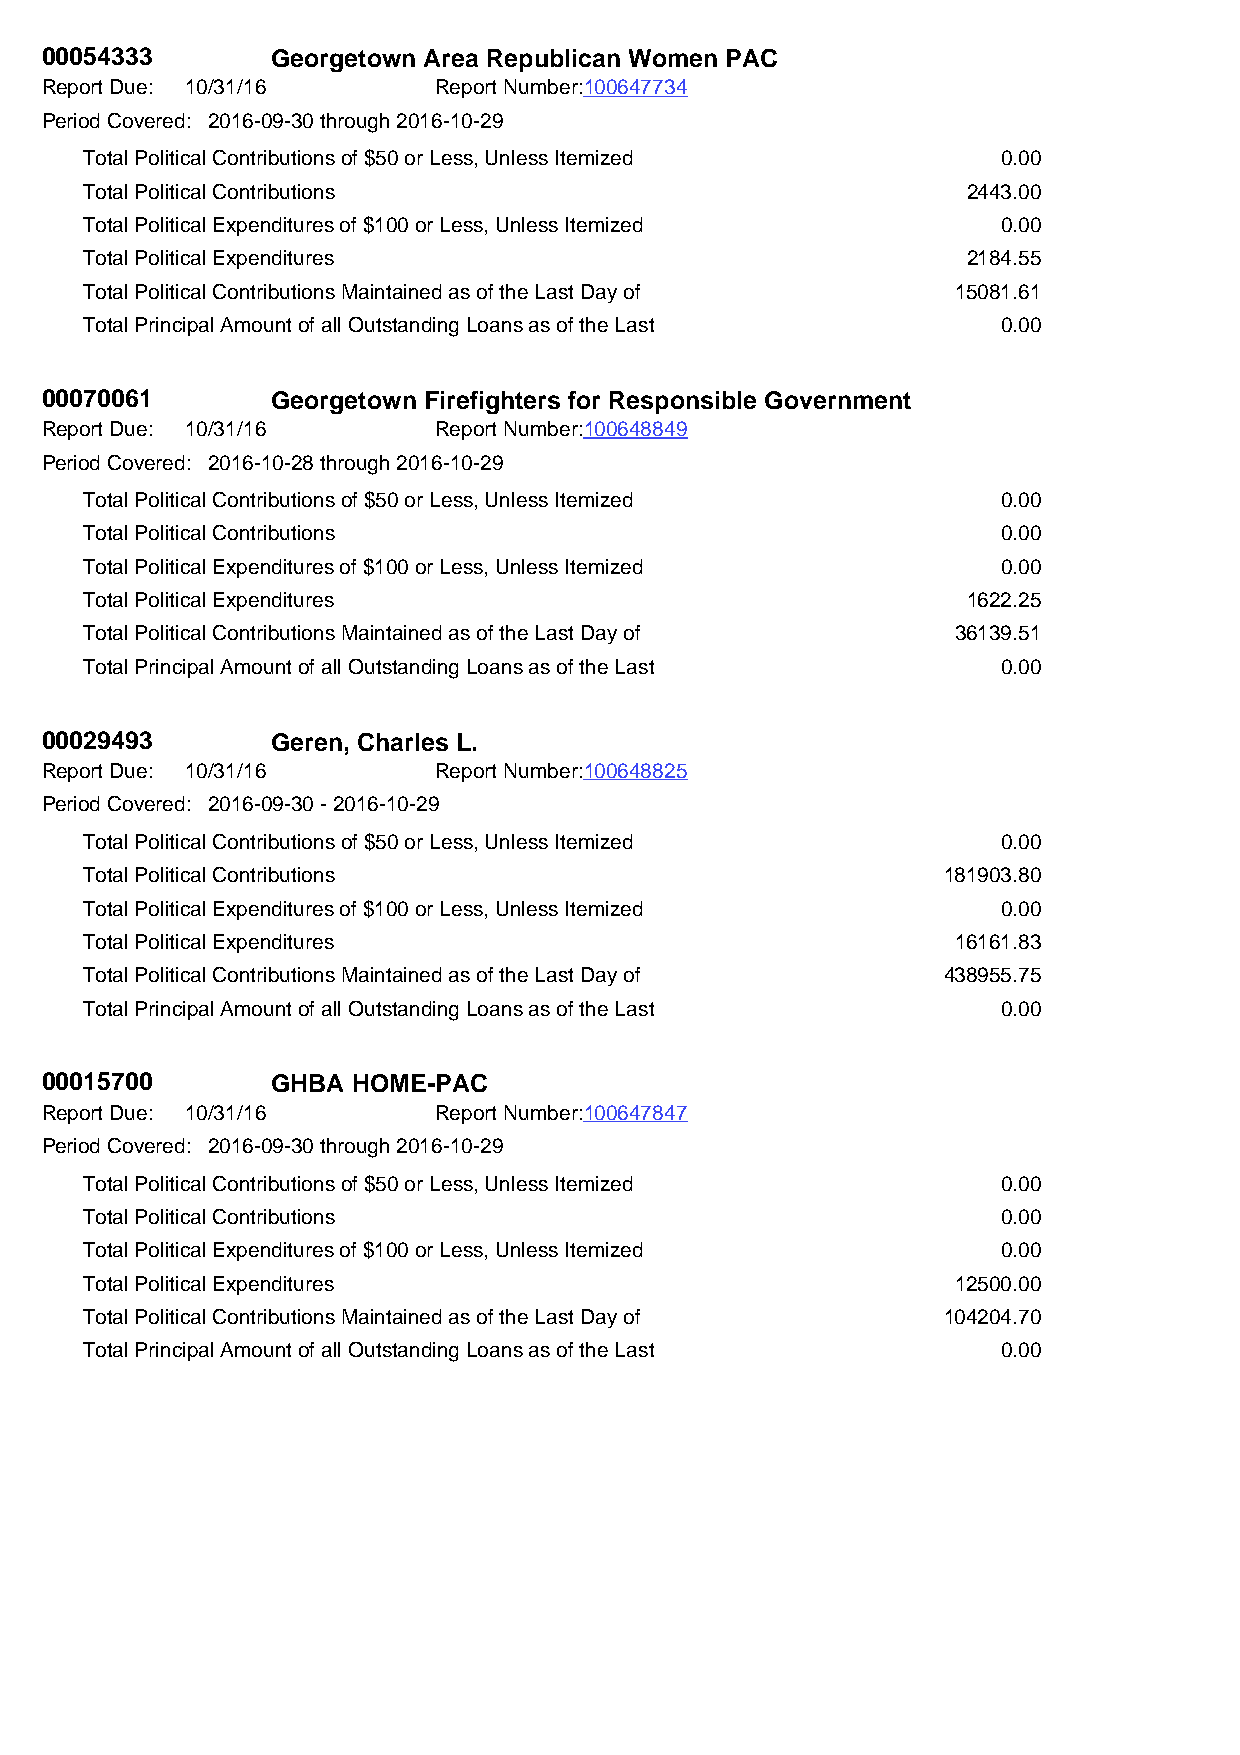
00054333       Georgetown Area Republican Women PAC
 Report Due: 10/31/16      Report Number:100647734
 Period Covered: 2016-09-30 through 2016-10-29
 Total Political Contributions of $50 or Less, Unless Itemized 0.00
 Total Political Contributions                             2443.00
 Total Political Expenditures of $100 or Less, Unless Itemized 0.00
 Total Political Expenditures                              2184.55
 Total Political Contributions Maintained as of the Last Day of 15081.61
 Total Principal Amount of all Outstanding Loans as of the Last 0.00
 00070061       Georgetown Firefighters for Responsible Government
 Report Due: 10/31/16      Report Number:100648849
 Period Covered: 2016-10-28 through 2016-10-29
 Total Political Contributions of $50 or Less, Unless Itemized 0.00
 Total Political Contributions                               0.00
 Total Political Expenditures of $100 or Less, Unless Itemized 0.00
 Total Political Expenditures                              1622.25
 Total Political Contributions Maintained as of the Last Day of 36139.51
 Total Principal Amount of all Outstanding Loans as of the Last 0.00
 00029493       Geren, Charles L.
 Report Due: 10/31/16      Report Number:100648825
 Period Covered: 2016-09-30 - 2016-10-29
 Total Political Contributions of $50 or Less, Unless Itemized 0.00
 Total Political Contributions                           181903.80
 Total Political Expenditures of $100 or Less, Unless Itemized 0.00
 Total Political Expenditures                             16161.83
 Total Political Contributions Maintained as of the Last Day of 438955.75
 Total Principal Amount of all Outstanding Loans as of the Last 0.00
 00015700       GHBA HOME-PAC
 Report Due: 10/31/16      Report Number:100647847
 Period Covered: 2016-09-30 through 2016-10-29
 Total Political Contributions of $50 or Less, Unless Itemized 0.00
 Total Political Contributions                               0.00
 Total Political Expenditures of $100 or Less, Unless Itemized 0.00
 Total Political Expenditures                             12500.00
 Total Political Contributions Maintained as of the Last Day of 104204.70
 Total Principal Amount of all Outstanding Loans as of the Last 0.00